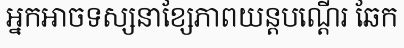
អ្នកអាចទស្សនាខ្សែភាពយន្តបណ្តើរ ឆែក